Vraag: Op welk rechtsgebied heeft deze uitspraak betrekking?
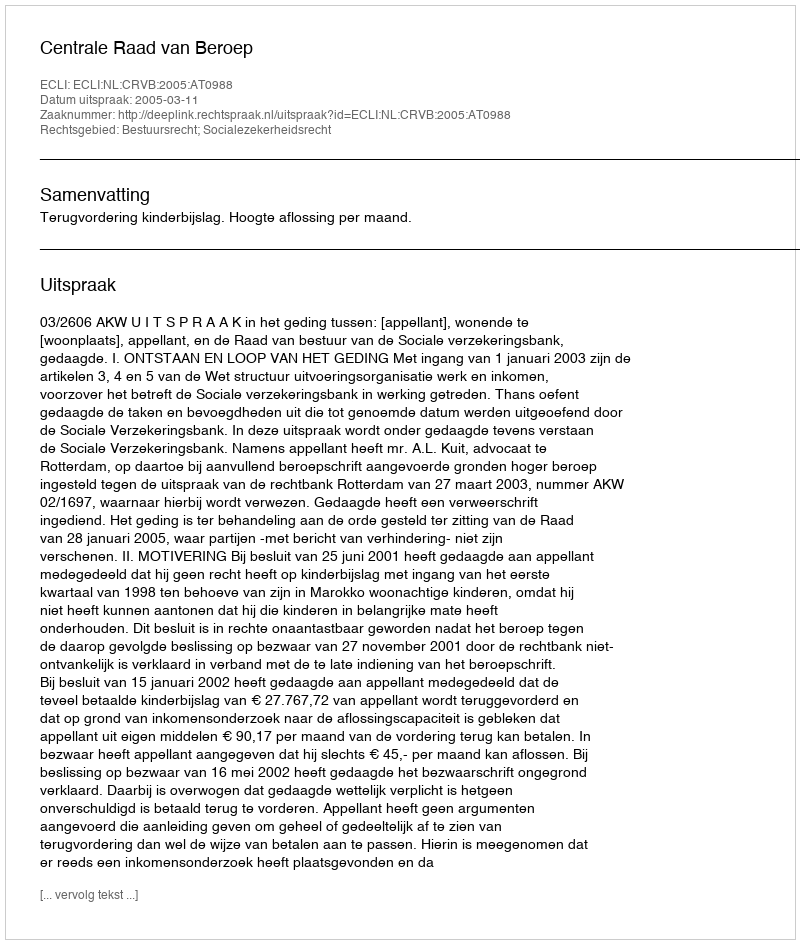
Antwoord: Bestuursrecht; Socialezekerheidsrecht